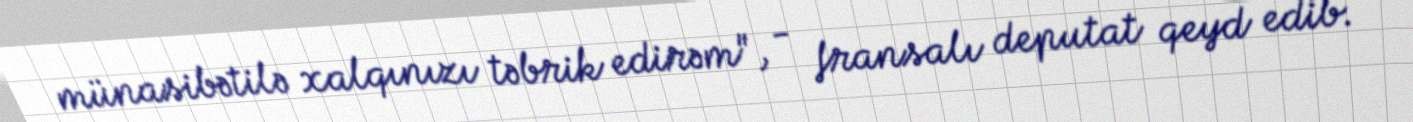
münasibətilə xalqınızı təbrik edirəm", - fransalı deputat qeyd edib.